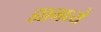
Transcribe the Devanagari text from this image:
ह्यामध्यें